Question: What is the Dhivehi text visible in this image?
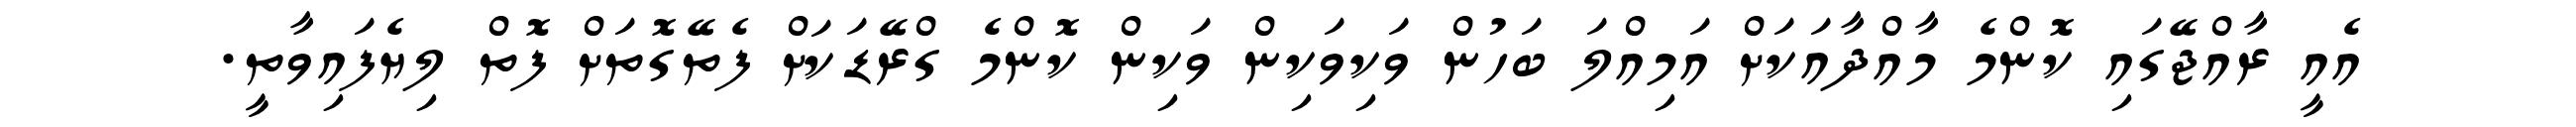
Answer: އެއީ ރާއްޖޭގައި ކޮންމެ މާއްދާއަކަށް އަމިއްލަ ބަހުން ވަކިވަކިން ވަކިން ކޮންމެ ގްރޭޑަކަށް ފެތޭގޮތަށް ފޮތް ލިޔެފައިވާތީ.